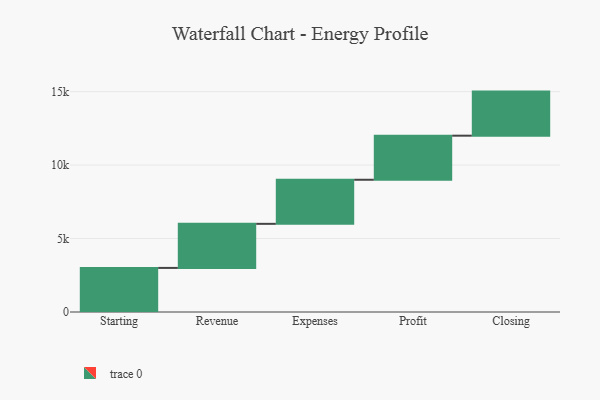
{"axis": {"x": "Step", "y": "Value"}, "legend": [""], "data": [{"x": "Starting", "y": 3000, "type": ""}, {"x": "Revenue", "y": 3000, "type": ""}, {"x": "Expenses", "y": 3000, "type": ""}, {"x": "Profit", "y": 3000, "type": ""}, {"x": "Closing", "y": 3000, "type": ""}]}